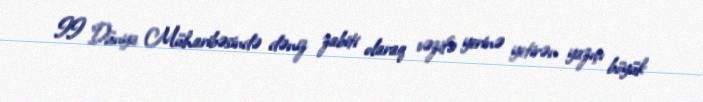
II Dünya Müharibəsində dəniz zabiti olaraq vəzifə yerinə yetirən yazıçı böyük